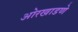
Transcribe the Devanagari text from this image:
ओरखाडणे